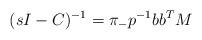
LaTeX: \begin{align*} (sI-C)^{-1} = \pi_{-}p^{-1} b b^T M \end{align*}